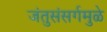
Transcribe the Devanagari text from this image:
जंतुसंसर्गमुळे